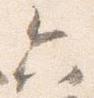
六